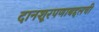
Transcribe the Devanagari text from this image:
दानशूरपणाबद्दलची